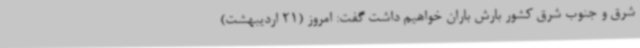
شرق و جنوب شرق کشور بارش باران خواهیم داشت گفت: امروز (21 اردیبهشت)